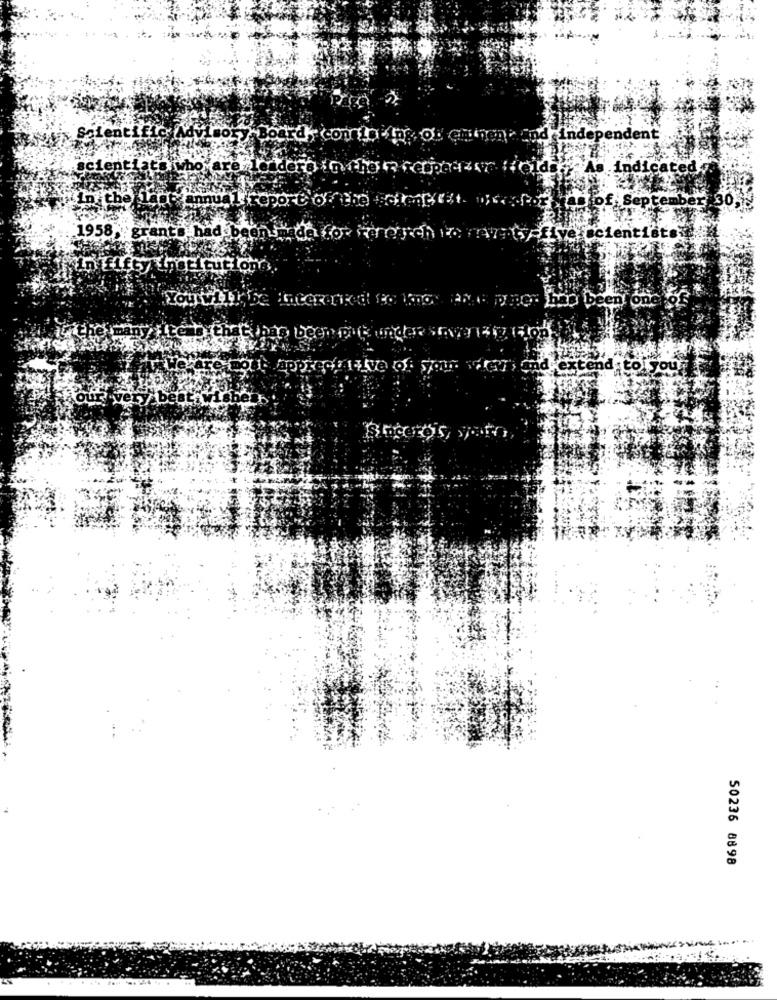
Lentifico
nde
endent
scientists who are
the
in the
In the last annua
1958 , grants had
in fifty institution
Yout
`has been one
stols
50236 8898